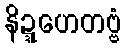
နိဍ္ဍဟေတဗ္ဗံ